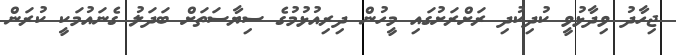
ޖިހާދު ވިދާޅުވީ ކުދިކުދި ރަށްރަށުގައި މީހުން ދިރިއުޅުމުގެ ސިޔާސަތަށް ބަދަލު ގެނައުމަކީ ކުރަން